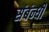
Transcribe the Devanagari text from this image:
संबंन्धी